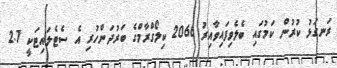
ރަނގަޅު ކުރުން ކަމުގައި ބެލެވިފައިވާއިރު 2066 ކިލޯގްރާމްގެ ބަރުދަންހުރި އެ ސެޓެލައިޓަކީ 2.7